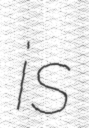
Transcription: is